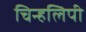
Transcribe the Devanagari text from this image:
चिन्हलिपी